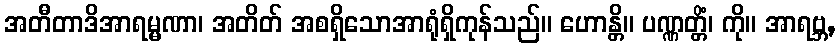
အတီတာဒိအာရမ္မဏာ၊ အတိတ် အစရှိသောအာရုံရှိကုန်သည်။ ဟောန္တိ။ ပဏ္ဏတ္တိံ၊ ကို။ အာရဗ္ဘ,